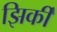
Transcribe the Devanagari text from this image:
झिर्की